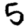
Digit: 5